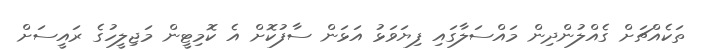
ތަކެއްޗަށް ގެއްލުންދިން މައްސަލާގައި ފިޔަވަޅު އަޅަން ސާފުކޮށް އެ ކޮމިޓީން މަޖިލީހުގެ ރައީސަށް